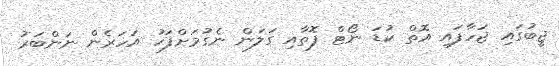
ޖީބުގައި ޖަހާފައި އޮތް ކުޑަ ނޯޓް ފޮތާއި ގަލަން ނެގުމަށްފަހު އަހަރެން ނަންބަރު